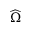
\widehat { \Omega }